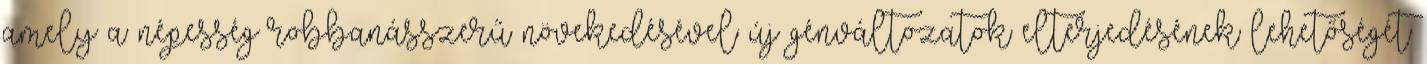
amely a népesség robbanásszerű növekedésével új génváltozatok elterjedésének lehetőségét